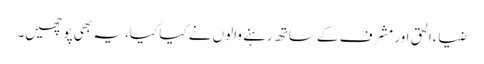
ضیاءالحق اور مشرف کے ساتھ رہنے والوں نے کیا کیا، یہ بھی پوچھیں۔